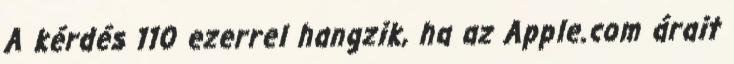
A kérdés 110 ezerrel hangzik, ha az Apple.com árait